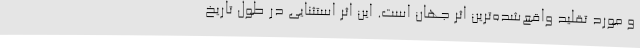
و مورد تقلید واقع‌شده‌ترین اثر جهان است. این اثر استثنایی در طول تاریخ